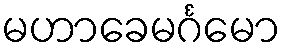
မဟာခေမင်္ဂမော